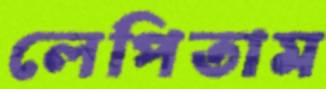
লেপিতাম